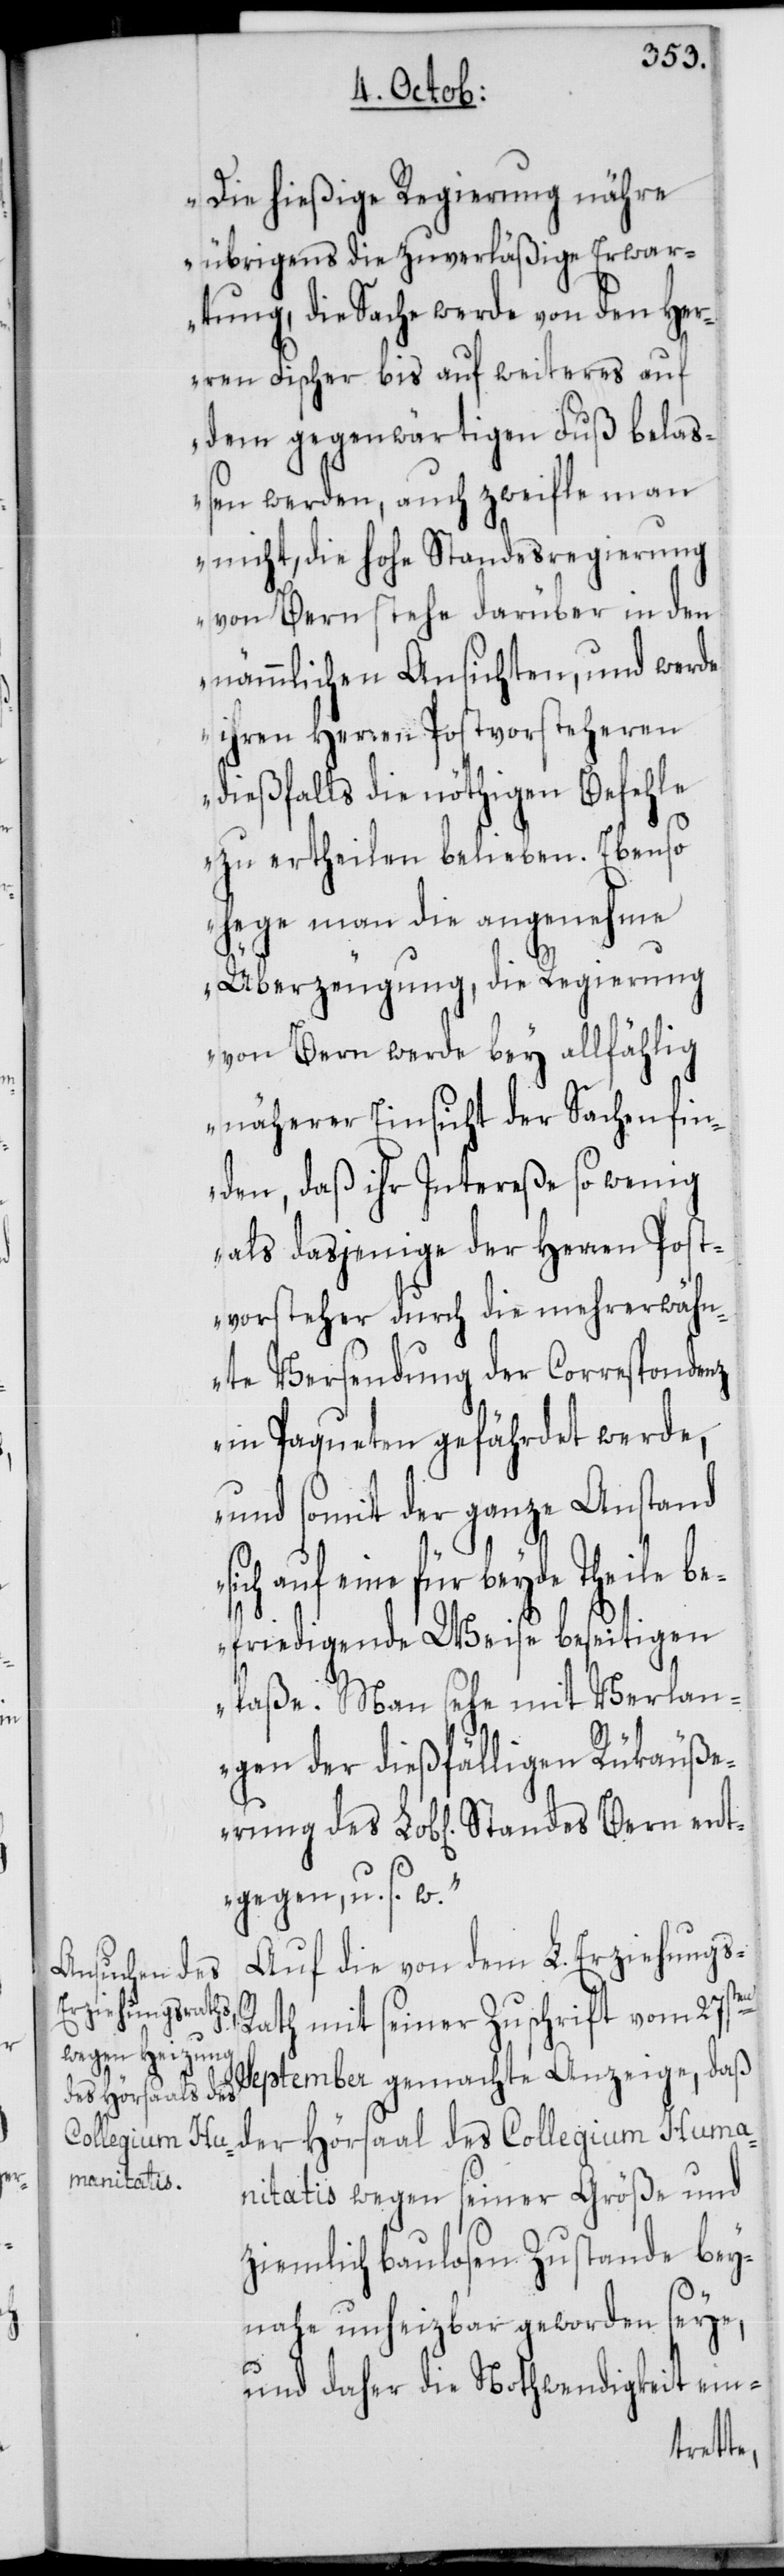
Bern ent¬

Die hießige Regierung nähre
übrigens die zuverläßige Erwar¬
tung, die Sache werde von den Her¬
ren Fischer bis auf weiteres auf
dem gegenwärtigen Fuß belaß¬
en werden, auch zweifle man
nicht, die hohe Standesregierung
von Bern stehe darüber in den
nämmlichen Ansichten, und werde
ihren Herren Postvorsteheren
dießfalls die nöthigen Befehle
zu ertheilen belieben. Ebenso
hege man die angenehme
Überzeugung, die Regierung
von Bern werde bey allfählig
näherer Einsicht der Sachen fin¬
den, daß ihr Intereße so wenig
als dasjenige der Herren Post¬
vorsteher durch die mehrerwähn¬
te Versendung der Correspondenz
in Paqueten gefährdet werde,
und somit der ganze Anstand
auf eine für beyde Theile b¬
efriedigende Weise beseitigen
laße. Man sehe mit Verlan¬
gen der dießfälligen Rükäuße¬
gegen, u. s. w.“
Auf die von dem L. Erziehungs-R¬
ath mit seiner Zuschrift vom 27sten
September gemachte Anzeige, daß
der Hörsaal des Collegium Huma¬
nitatis wegen seiner Größe und
ziemlich baulosen Zustande bey¬
nahe unheizbar geworden seye,
und daher die Nothwendigkeit ein-